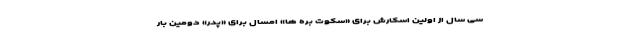
سی سال از اولین اسکارش برای «سکوت بره ها» امسال برای «پدر» دومین بار